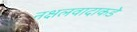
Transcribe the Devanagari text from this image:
नक्षलवादाकडे